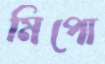
মিপো